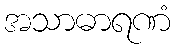
အသာဓာရဏံ